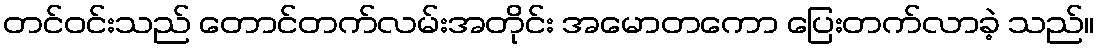
တင်ဝင်းသည် တောင်တက်လမ်းအတိုင်း အမောတကော ပြေးတက်လာခဲ့ သည်။